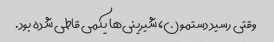
وقتی رسید دستمون، شیرینی‌ها یکمی قاطی شده بود.